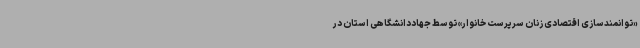
«توانمندسازی اقتصادی زنان سرپرست خانوار» توسط جهاددانشگاهی استان در